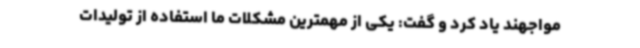
مواجهند یاد کرد و گفت: یکی از مهمترین مشکلات ما استفاده از تولیدات